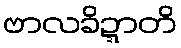
ဗာလခိဍ္ဍာတိ